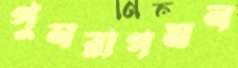
পুনরাগমন